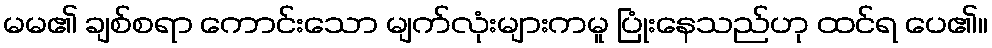
မမ၏ ချစ်စရာ ကောင်းသော မျက်လုံးများကမူ ပြုံးနေသည်ဟု ထင်ရ ပေ၏။